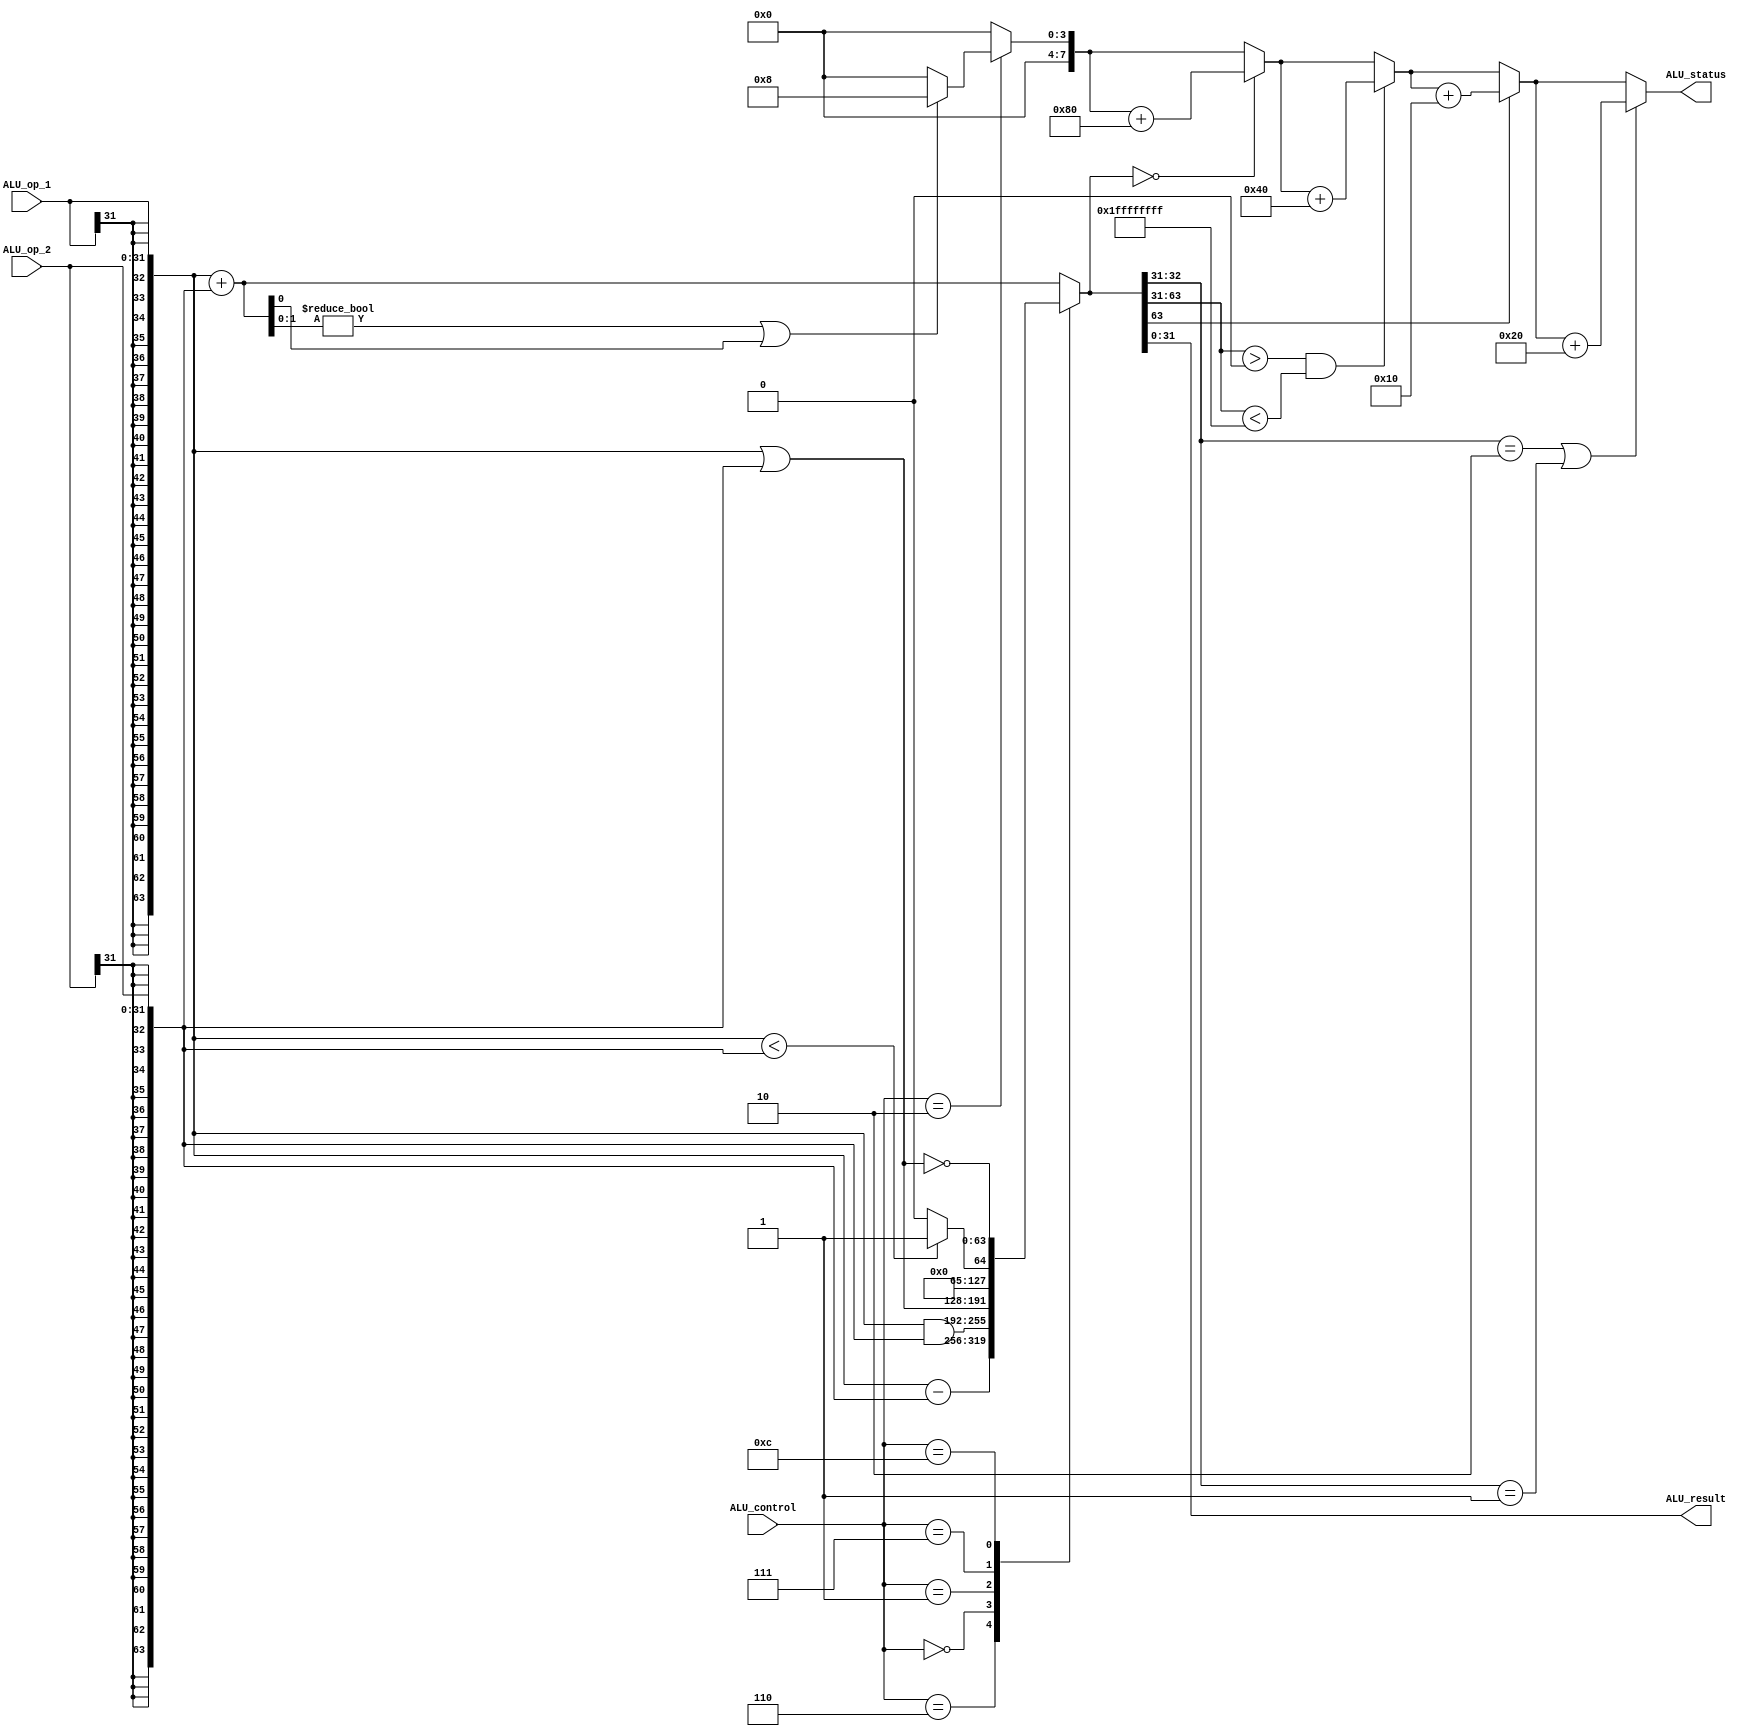
module ALU(
input [3:0] ALU_control,
input [31:0] ALU_op_1,
input [31:0] ALU_op_2,
output wire [31:0] ALU_result,
output wire [7:0] ALU_status );
reg [63:0] result;
reg [7:0] status = 8'b00000000;
wire [63:0] op1;
wire [63:0] op2;
assign ALU_result = result[31:0];
assign ALU_status = status[7:0];
assign op1 = {{32{ALU_op_1[31]}},ALU_op_1};
assign op2 = {{32{ALU_op_2[31]}},ALU_op_2};
always@(ALU_control, ALU_op_1, ALU_op_2)
	begin
		
		status = 8'b00000000;
		case(ALU_control)
		4'b0010:	
		begin
			result = op1 + op2;
			if((result[1:0] != 2'b00) || (result[0] != 1'b0))
			begin
			status = status+8'b00001000;
			end
		end
		4'b0110:	result = op1 - op2;
		4'b0000:	result = op1 & op2;
		4'b0001:	result = op1 | op2;
		4'b0111:	result = (op1 < op2)?1:0;
		4'b1100:	result = ~(op1 | op2);
		default:	result = op1 + op2;
		endcase
	if(result == 64'd0)
	begin
	status = status+8'b10000000; 
	end
	if(result[63:31]>0 && result[63:31]<33'h1FFFFFFFF)
	begin
	status = status+8'b01000000; 
	end
	if(result[63]==1'b1)
	begin
	status = status+8'b00010000; 
	end
	if (result[32:31] == 2'b10 || result[32:31] == 2'b01)
		begin
			status = status + 8'b00100000;
		end
	end
endmodule